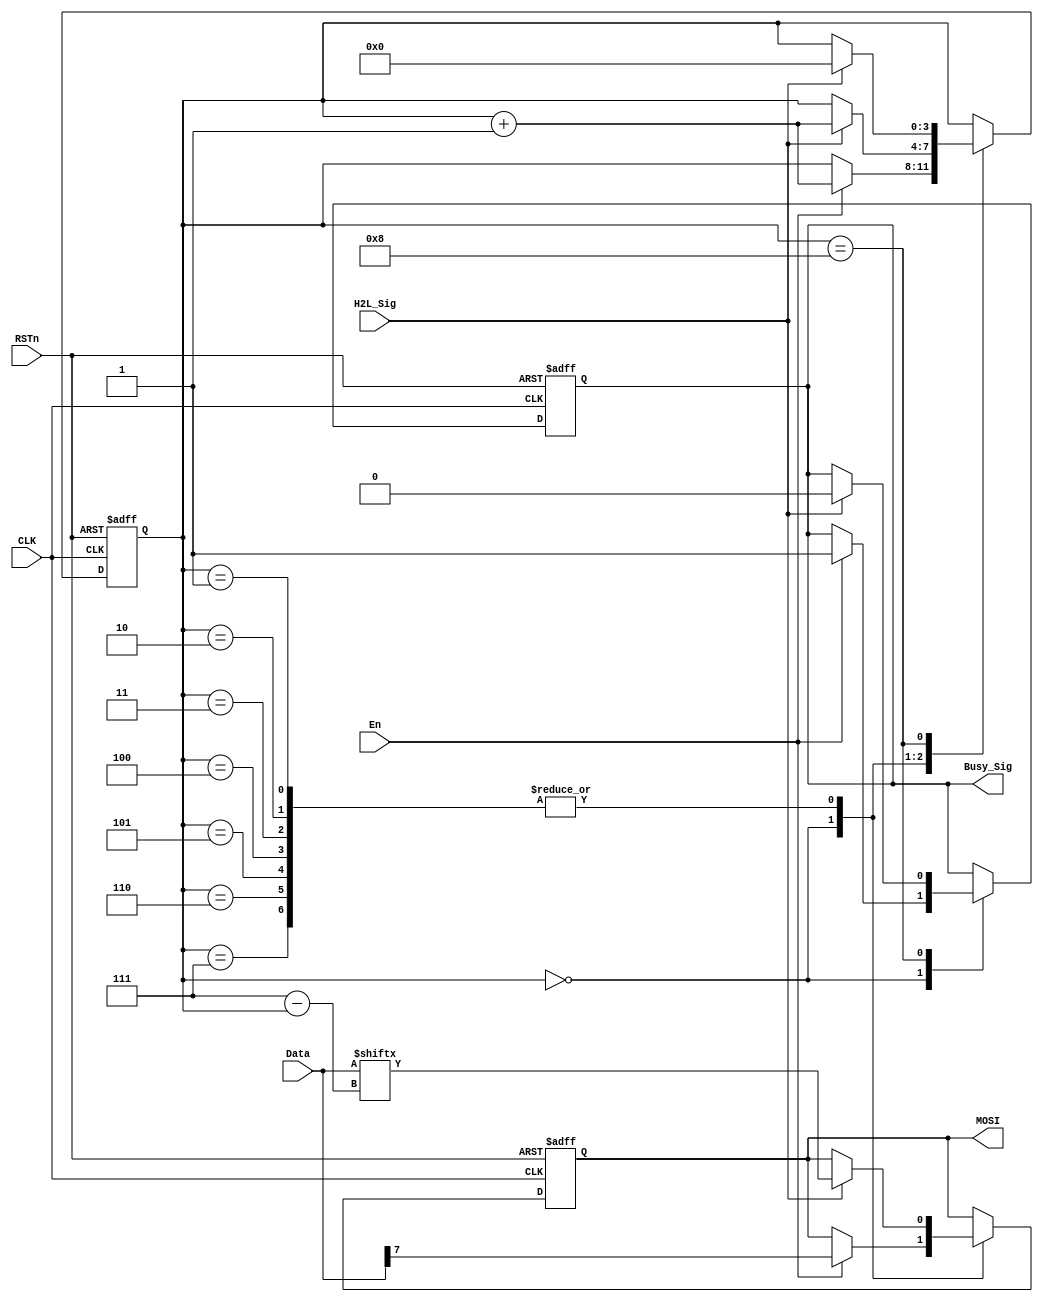
/**********************DAMMSTANGER COPYRIGHT @2016************************/	
//SPI_Tx_module
//SPI
//	 dammstanger
//	 20160805
/*************************************************************************/	
module SPI_Tx_module 
(
    CLK, RSTn, MOSI, En, H2L_Sig, Busy_Sig, Data
);
   input CLK;
	 input RSTn;
	 output MOSI;
	 input En;
	 input H2L_Sig;
	 output Busy_Sig;
	 input [7:0]Data;
	 
	 /**********************************/
	 reg rBusy_Sig;
	 reg [3:0]sta;
	 reg rMOSI;
	 /**********************************/
always @ ( posedge CLK or negedge RSTn )
	if( !RSTn )begin
		sta <= 1'b0;
		rBusy_Sig <= 1'b0;
		rMOSI <= 1'b0;
	end
	else begin
		case(sta)
		4'd0:begin
			if(En)begin										//				
				rMOSI <= Data[7];
				sta <= sta +1'b1;
				rBusy_Sig <= 1'b1;
			end
		end
		4'd1,4'd2,4'd3,4'd4,4'd5,4'd6,4'd7:begin
			if(H2L_Sig)begin
				rMOSI <= Data[7-sta];
				sta <= sta +1'b1;
			end
		end
		4'd8:begin
			if(H2L_Sig)begin
				rBusy_Sig <= 1'b0;
				sta <= 1'b0;
			end
		end
		endcase
	end
assign Busy_Sig = rBusy_Sig;		
assign MOSI = rMOSI;
	 
	 /***********************************/
	 
endmodule